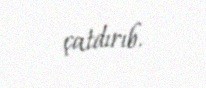
çatdırıb.